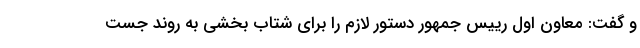
و گفت: معاون اول رییس جمهور دستور لازم را برای شتاب بخشی به روند جست